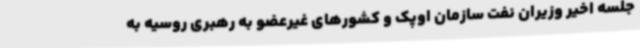
جلسه اخیر وزیران نفت سازمان اوپک و کشورهای غیرعضو به رهبری روسیه به